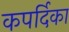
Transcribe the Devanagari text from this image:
कपर्दिका